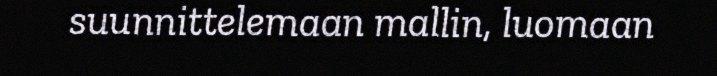
suunnittelemaan mallin, luomaan